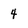
Character: 4